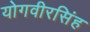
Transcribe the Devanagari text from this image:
योगवीरसिंह